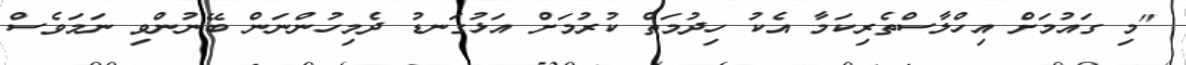
"މި ގައުމަށް އިހްލާސްތެރިކަމާ އެކު ހިދުމަތް ކުރުމަށް އަޅުގަނޑު ދެމިހުންނަން ބޭނުންވި ނަމަވެސް